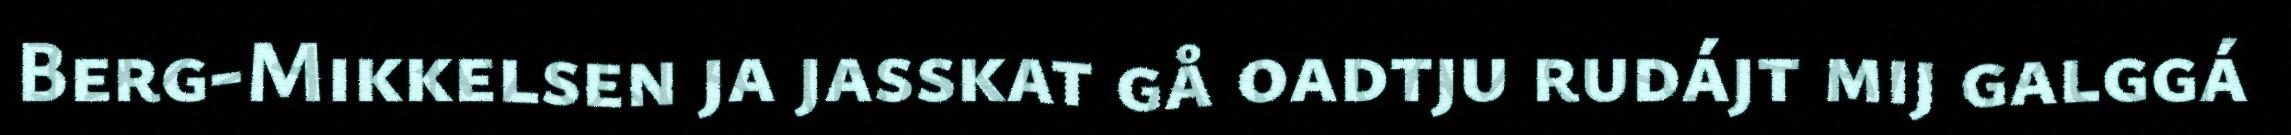
Berg-Mikkelsen ja jasskat gå oadtju rudájt mij galggá